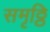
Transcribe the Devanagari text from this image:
समृठ्ठि